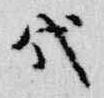
代